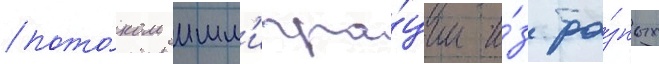
пото́ком имм'игра́ции и́з ра́зных